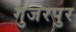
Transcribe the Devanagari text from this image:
गुजरपुर